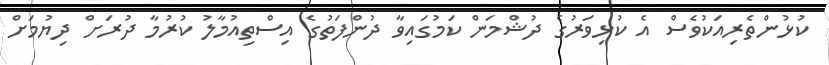
ކުޅުންތެރިއަކުވެސް އެ ކުޅިވަރުގެ ދުޝްމަން ކަމުގައިވާ ދުންފަތުގެ އިސްތިއުމާލު ކުރުމާ ދުރަށް ދިޔުމަށް